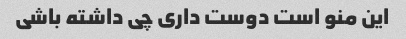
این منو است دوست داری چی داشته باشی